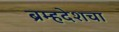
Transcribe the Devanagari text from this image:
ब्रम्हदेशचा